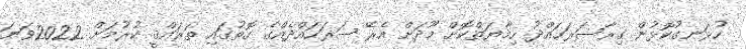
ހުޅަނގުކޮޅުން ގިރާސަރަހައްދު ހިމާޔަތްކޮށް މޫދަށް އެރޭ ސަރަހައްދެއްގެ ގޮތުގައި ތަރައްޤީ ކުރުމަށް 2022ވަނަ